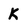
Character: k